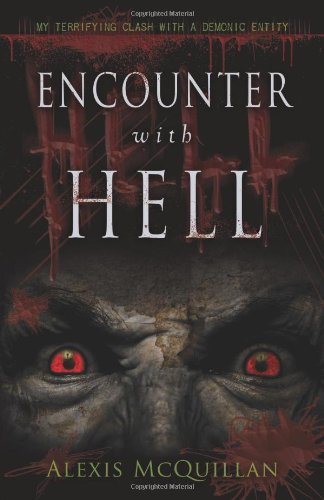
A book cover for Encounter with Hell: My Terrifying Clash with a Demonic Entity; Alexis McQuillan; Religion & Spirituality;